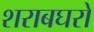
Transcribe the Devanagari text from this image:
शराबघरों